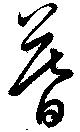
暮